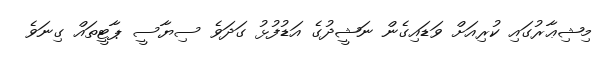
މިޝިޢާރުގައި ކުރިއަށް ވަޑައިގެން ނަޝީދުގެ އަޑުފުޅު ގަދަވެ ސިޔާސީ ޕާޓީތައް ގިނަވެ